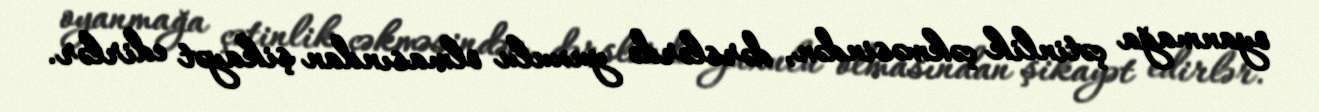
oyanmağa çətinlik çəkməsindən, dərslərdə yuxulu olmasından şikayət edirlər.